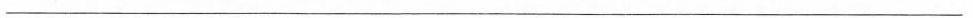
___